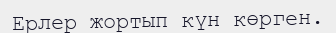
Ерлер жортып күн көрген.